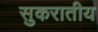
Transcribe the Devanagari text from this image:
सुकरातीय